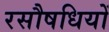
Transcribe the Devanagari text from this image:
रसौषधियों